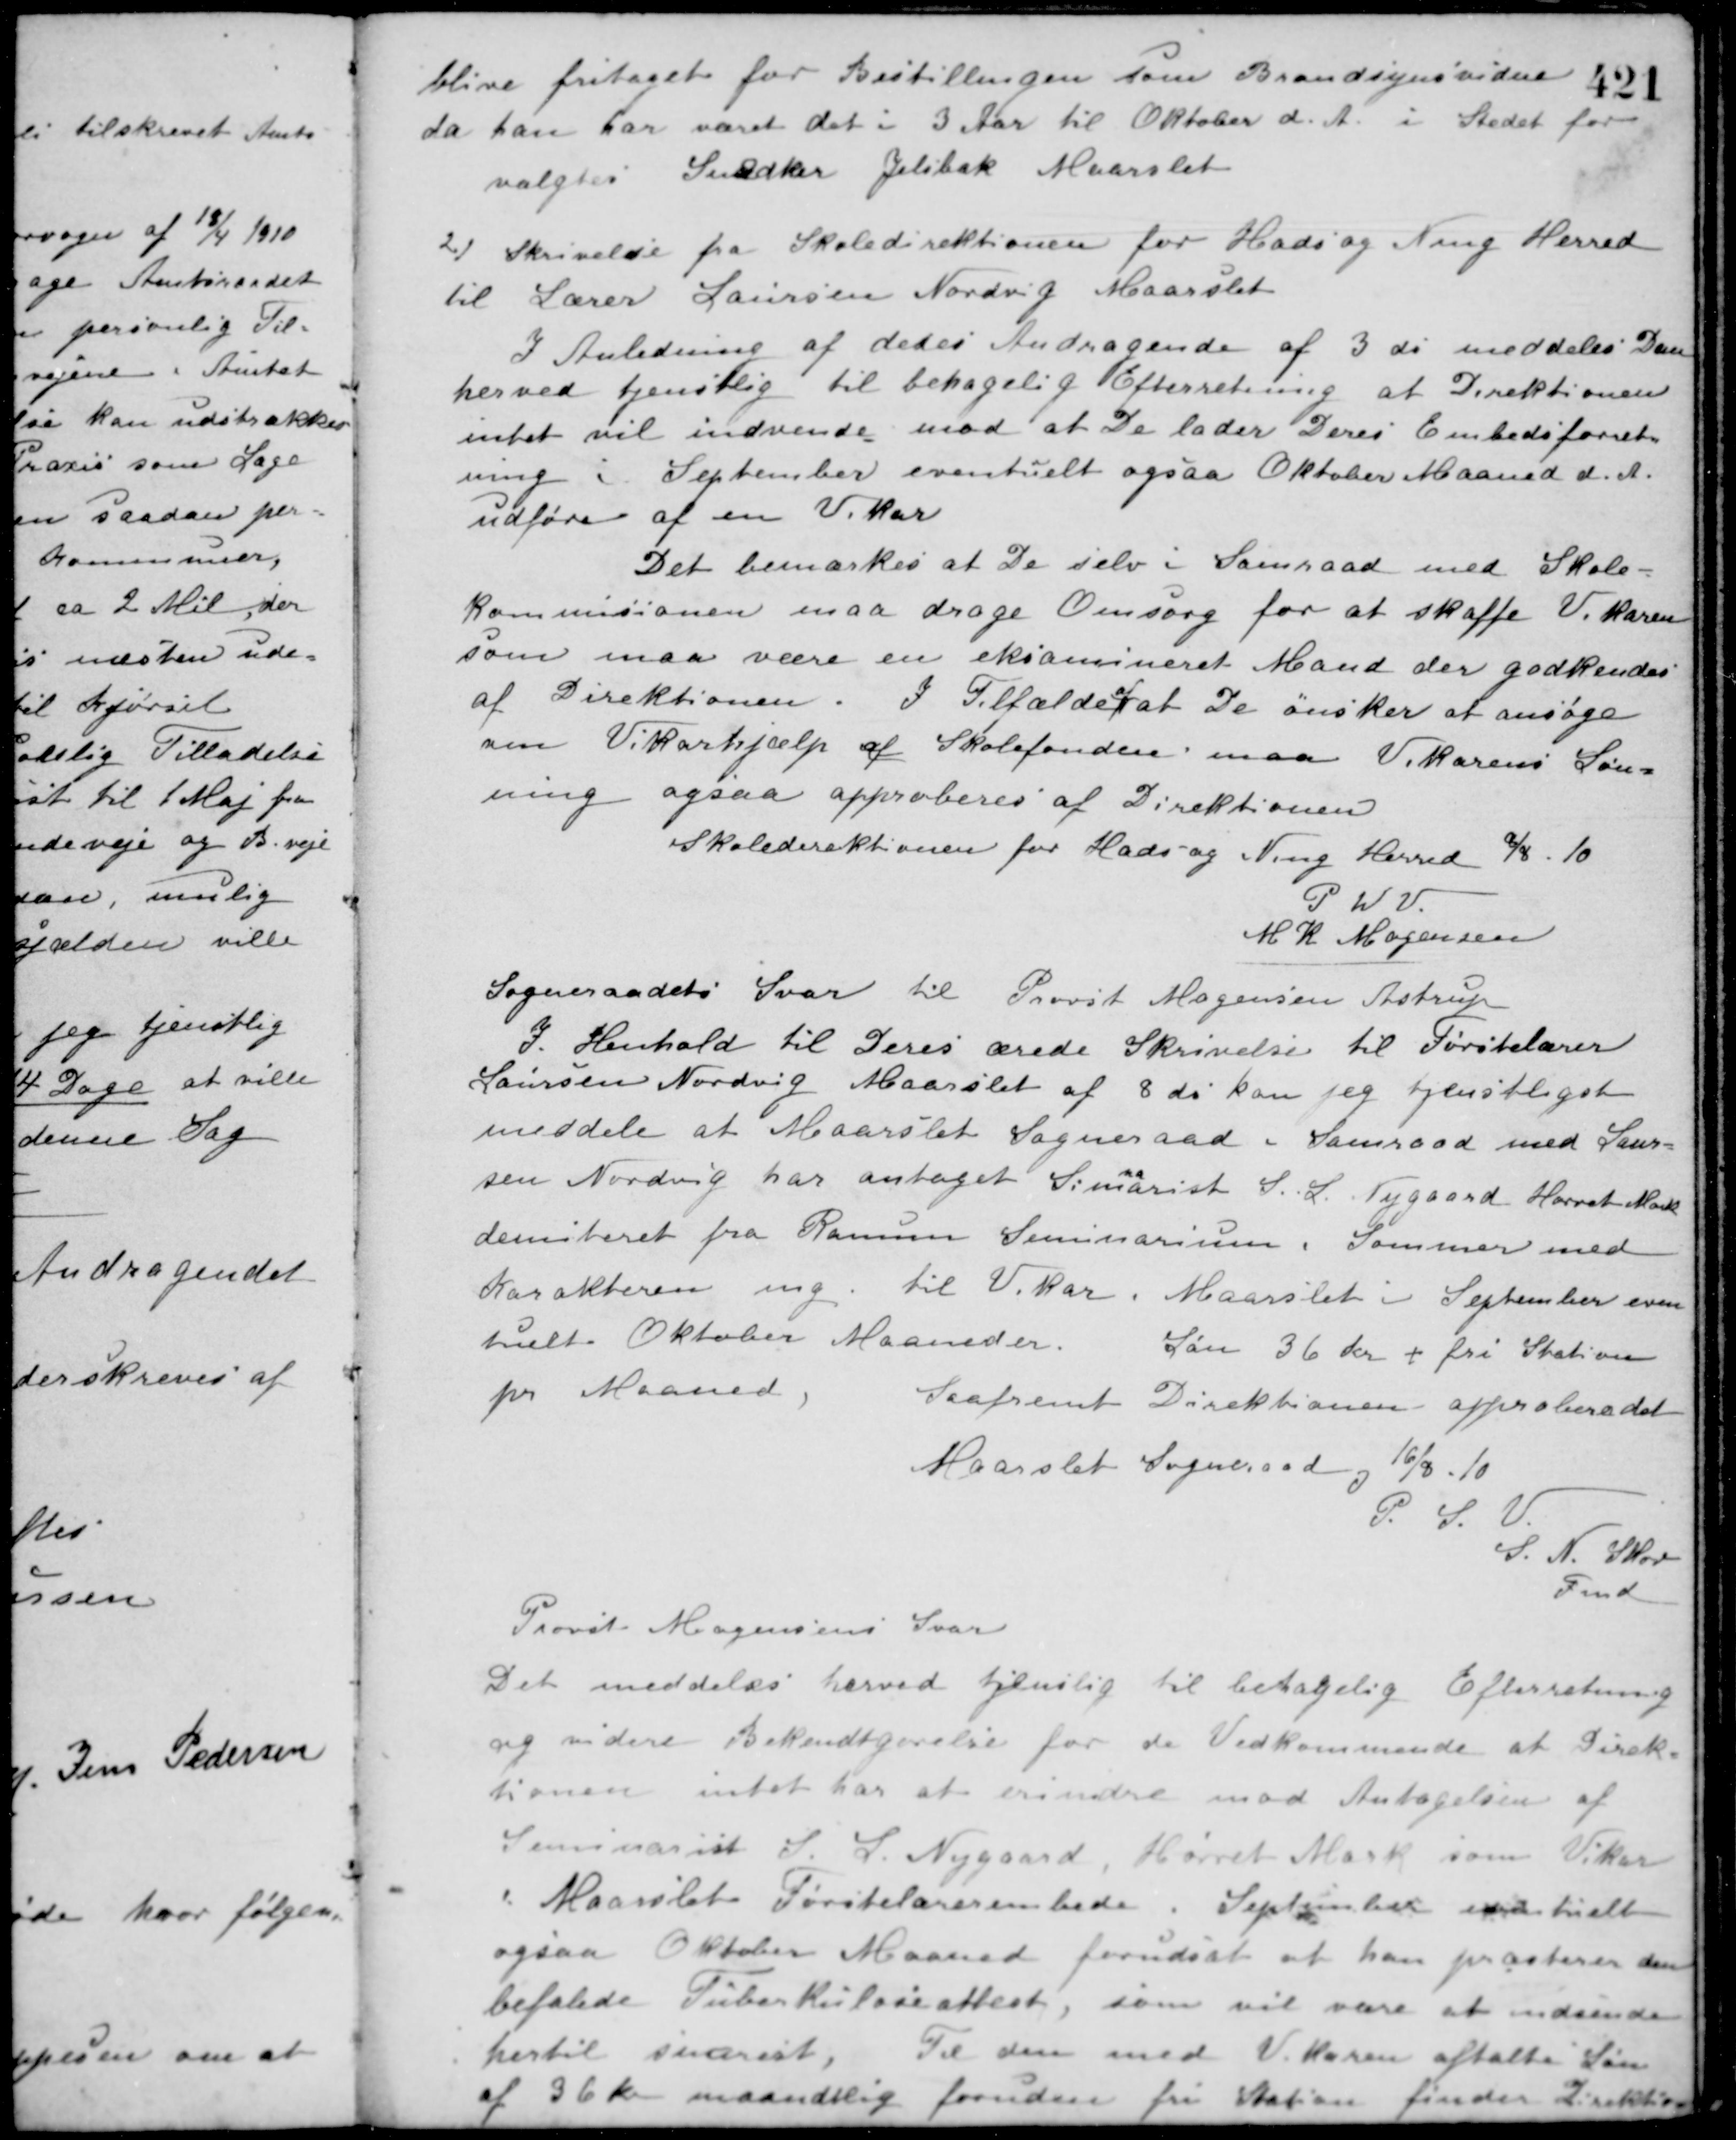
Transskription:
blive fritaget for Bestillingen som Brandsynsvidne
da han har været det i 3 Aar til Oktober d. A. i Stedet for
valgtes Snedker Jelsbæk Maarslet.
2/ Skrivelse fra Skoledirektionen for Hads og Ning Herred
til Lærer Laursen Nordvig Maarslet
I Anledning af deres Andragende af 3 ds. meddeles Dem
herved tjenstlig til behagelig Efterretning at Direktionen
intet vil indvende mod at De lader Deres Embedsforret-
ning i September eventuelt ogsaa Oktober Maaned d. A.
udføre af en Vikar.
Det bemærkes at De selv i Samraad med Skole-
kommisionen maa drage Omsorg for at skaffe Vikaren
som maa være en eksamineret Mand der godkendes
af Direktionen. I Tilfælde
af
at de ønsker at ansøge
om Vikarhjælp af Skolefonden maa Vikarens Løn-
ning ogsaa approberes af Direktionen.
Skoledirektionen for Hads og Ning Herred 8/8 - 10
P. W. V.
M. K. Mogensen
Sogneraadets Svar til Provst Mogensen Astrup
I. Henhold til Deres ærede Skrivelse til Førstelærer
Laursen Nordvig Maarslet af 8 ds. kan jeg tjenstligst
meddele at Maarslet Sogneraad i Samraad med Laur-
sen Nordvig har antaget Sima
na
rist S. L. Nygaard Hørret Mark
demiteret fra Ranum Seminarium i Sommer med
Karakteren mg til Vikar i Maarslet i September even-
tuelt Oktober Maaneder.
Løn 36 Kr + fri Station
pr. Maaned
Saafremt Direktionen approberer det.
Maarslet Sogneraad og 16/8 - 10
P. S. V.
S. N. Skov
Fmd.
Provst Mogensens Svar
Det meddeles herved tjenslig til behagelig Efterretning
og videre Bekendtgørelse for de Vedkommende at Direk-
tionen intet har at erindre mod Antagelsen af
Seminarist J. L. Nygaard, Hørret Mark som Vikar
i Maarslet Førstelærerembede i September eventuelt
ogsaa Oktober Maaned forudsat at han præsterer den
befalede Tuberkuloseattest, som vil være at indsende
hertil snarest.
Til den med Vikaren aftalte Løn
36 Kr. maanedlig foruden fri Station finder Direktio-